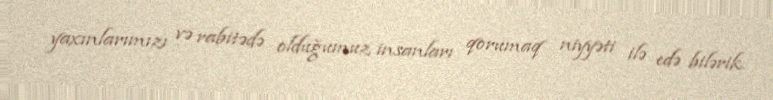
yaxınlarımızı və rabitədə olduğumuz insanları qorumaq niyyəti ilə edə bilərik.